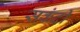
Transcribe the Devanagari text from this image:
सकंदी